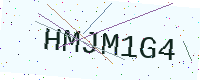
Text: HMJM1G4